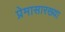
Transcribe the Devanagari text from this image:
प्रेमासारख्या